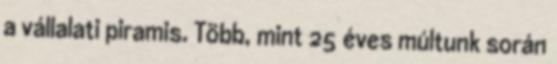
a vállalati piramis. Több, mint 25 éves múltunk során